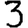
Digit: 3